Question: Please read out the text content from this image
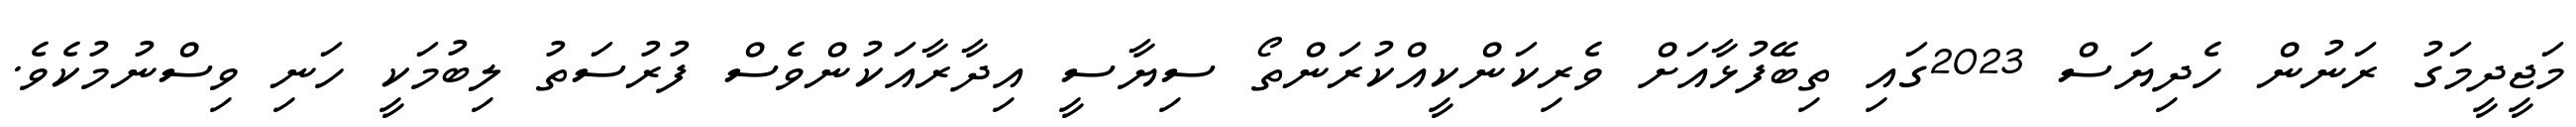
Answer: މަޖީދީމަގު ރަނުން ހެދިޔަސް 2023ގައި ތިބޭފުޅާއަށް ވެރިކަންކީއްކުރަންތޯ ސިޔާސީ އިދާރާއަކުންވެސް ފުރުސަތު ލިބުމަކީ ހަނި ވިސްނުމުކެވެ.